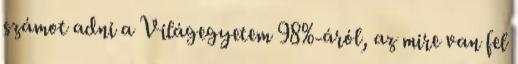
számot adni a Világegyetem 98%-áról, az mire van fel